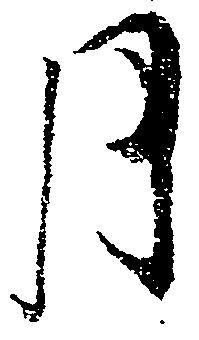
月